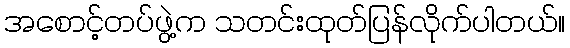
အစောင့်တပ်ဖွဲ့က သတင်းထုတ်ပြန်လိုက်ပါတယ်။